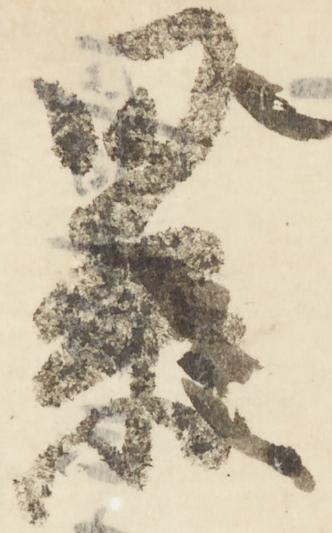
累